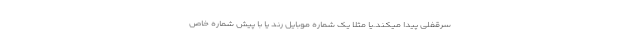
سرقفلی پیدا میکند.یا مثلا یک شماره موبایل رند یا با پیش شماره خاص